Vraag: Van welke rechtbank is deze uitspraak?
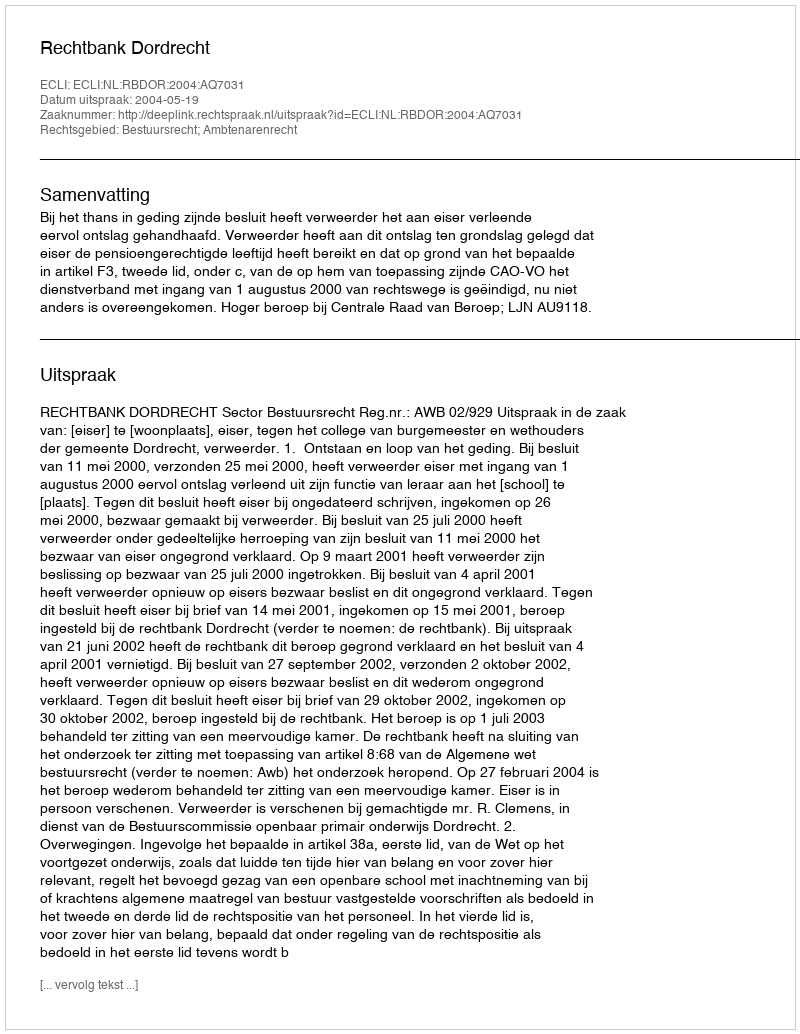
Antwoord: Rechtbank Dordrecht